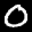
Label: 0